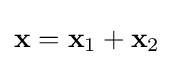
\mathbf {x} =\mathbf {x} _{1}+\mathbf {x} _{2}